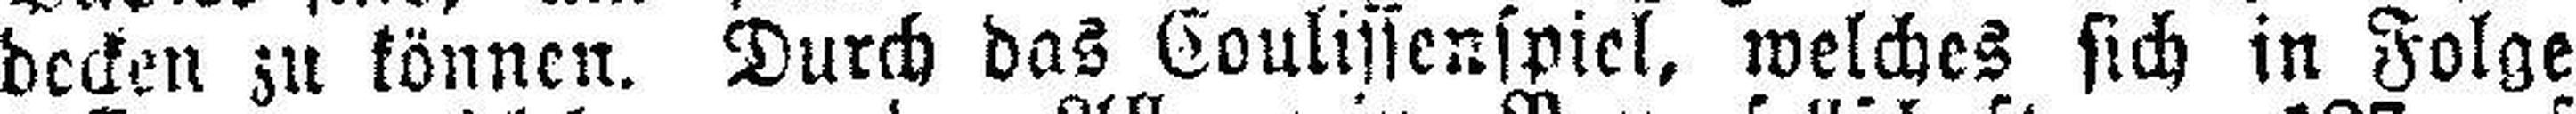
decken zu können. Durch das Coulissenspiel, welches sich in Folge